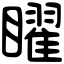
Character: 矅